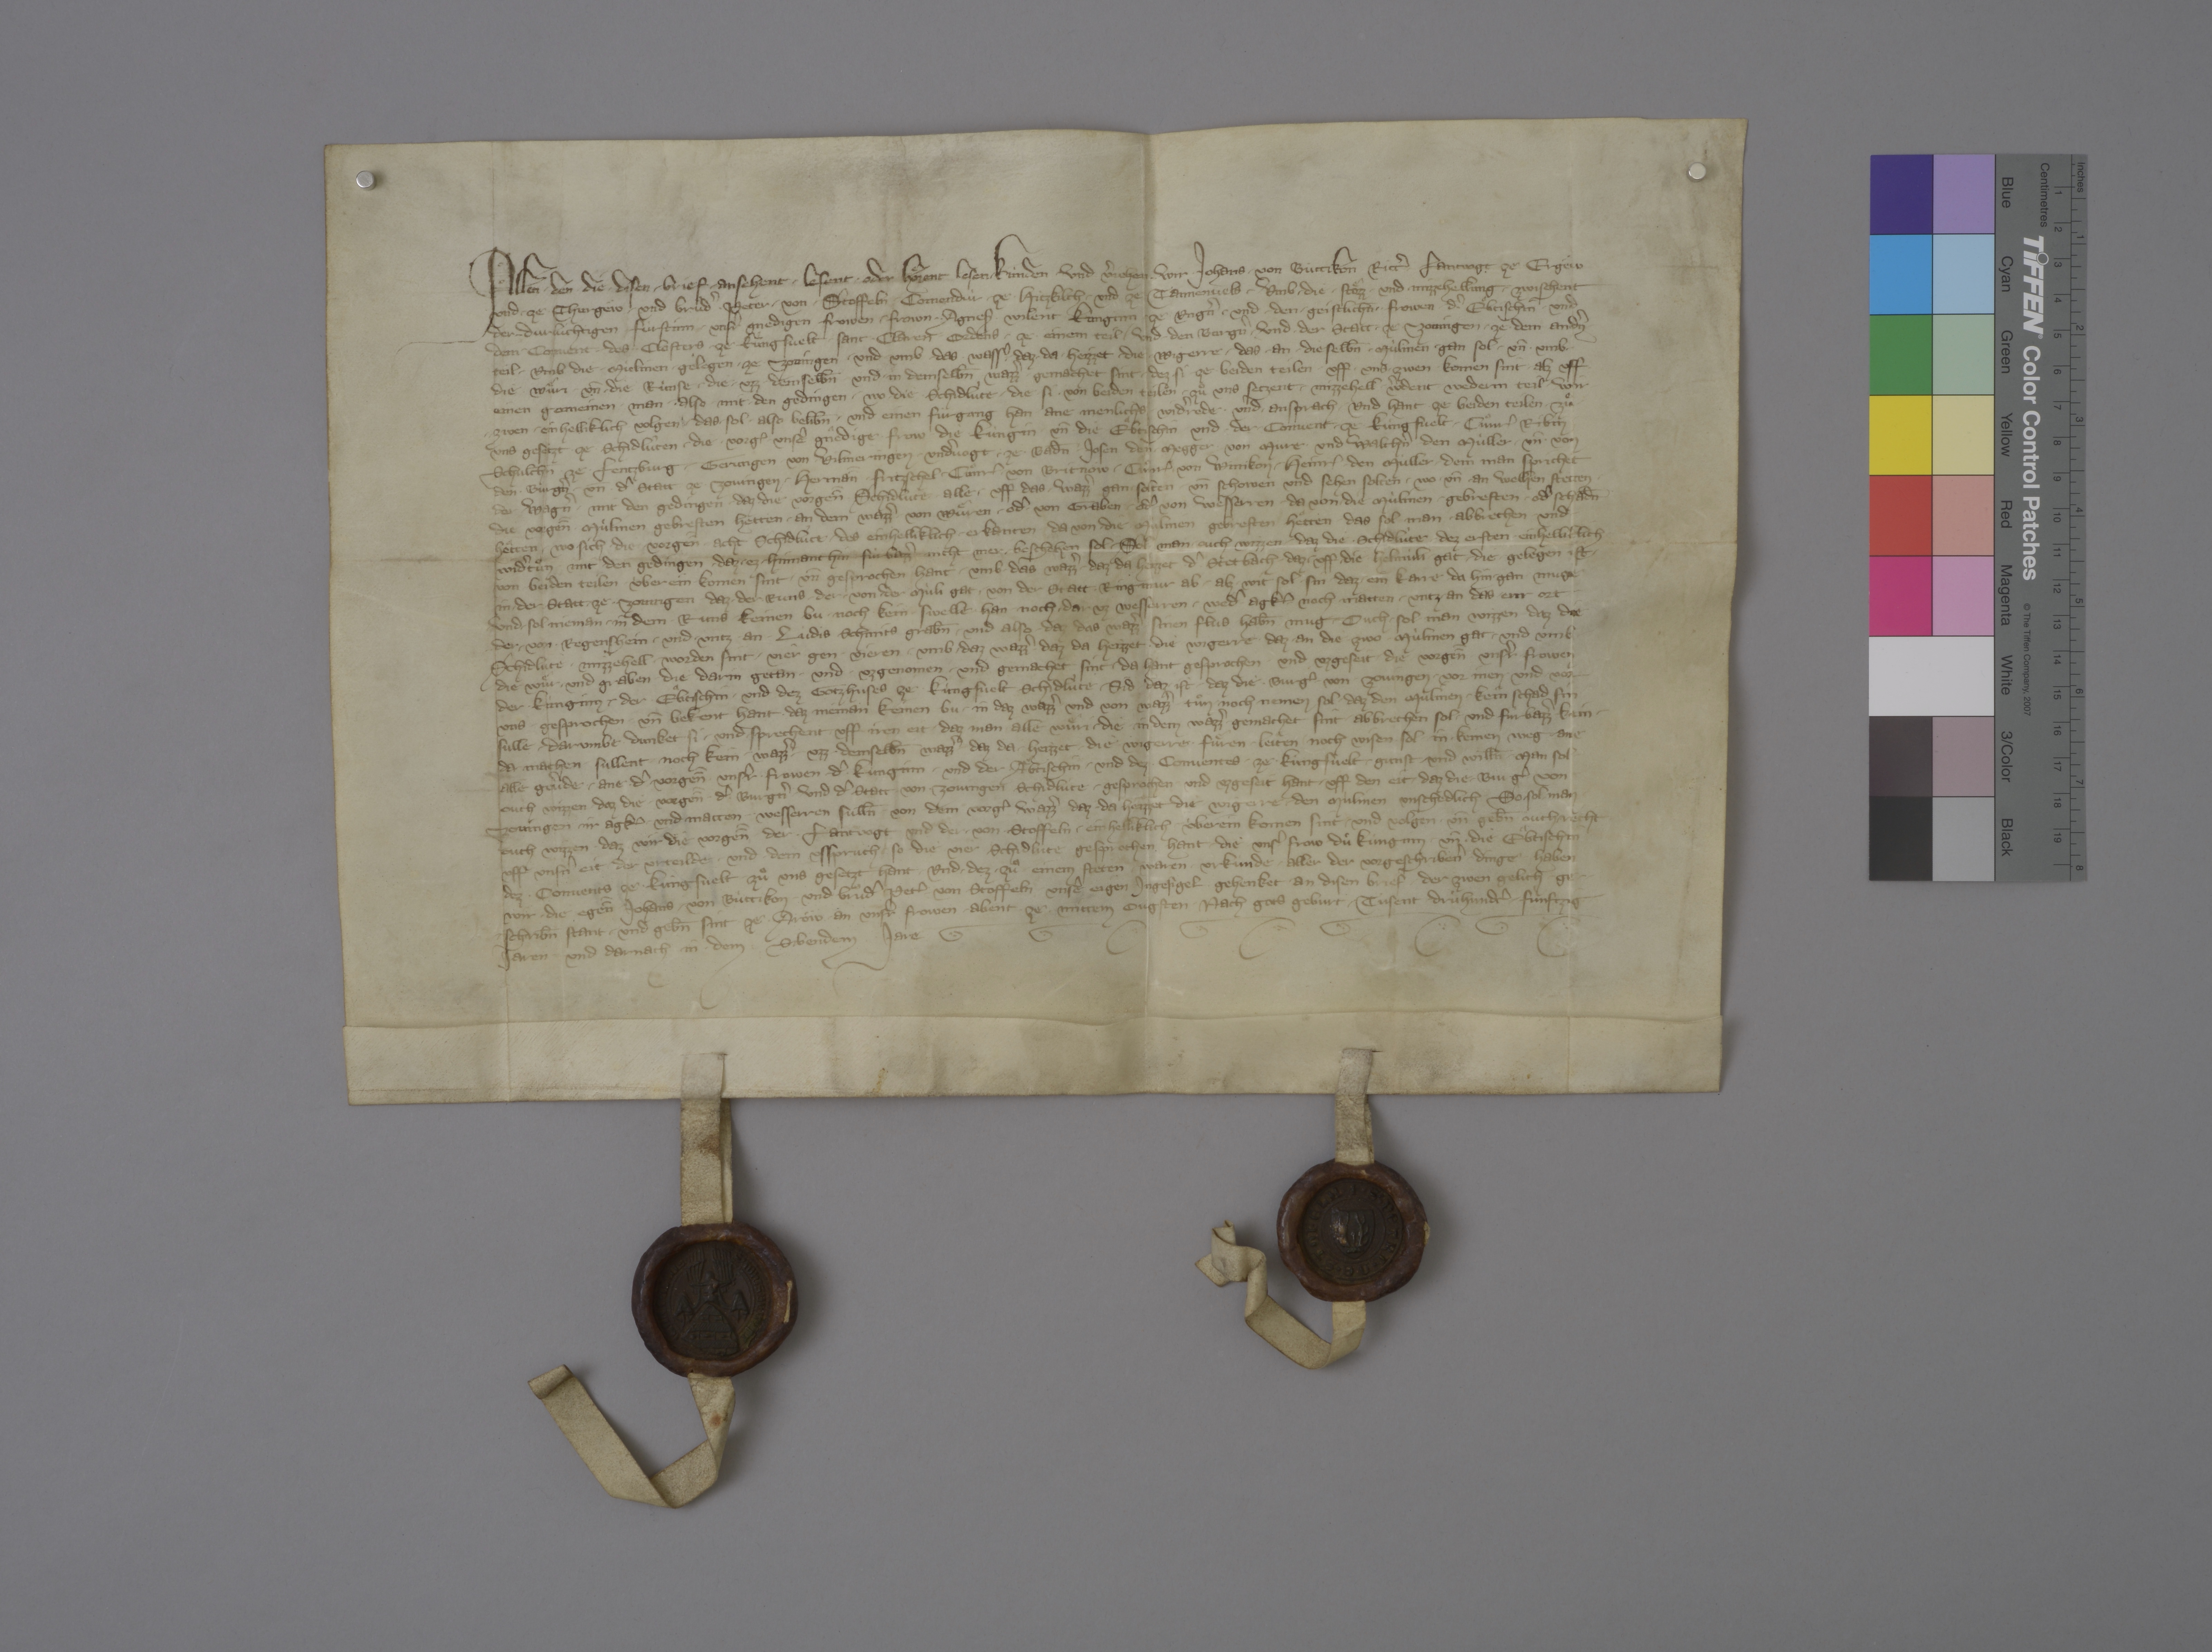
Transcription:
Allen ✳ den, ✳ die ✳ disen ✳ brief ✳ ansehent, ✳ lesent ✳ oder hoͤrent lesen, ✳ kùnden und vˀjehen ✳ wir, ✳ Johans ✳ von Bùttikon, rittˀ, ✳ lantvogt ze Ergèw
und ✳ ze Thurgeͦw, ✳ und bruͦdˀ ✳ Peter ✳ von ✳ Stoffeln, ✳ comendùr ✳ ze ✳ Hitzkilch ✳ und ze Tannenvels, ✳ umb ✳ die ✳ stoͤzz ✳ und mizzehellung ✳ zwischent
der ✳ durchlùchtigen fùrstinn, ✳ unsrˀ gnedigen frowen, ✳ frown ✳ ✳ Agnes₎, ✳ wilent kùnginn ✳ ze Ungˀn, ✳ und ✳ den ✳ geistlichn̄ ✳ ✳ frowen, ✳ dˀ eͣptischin ✳ und
dem ✳ convent ✳ des ✳ ✳ closters ✳ ze Kùngsvelt, ✳ Sant ✳ Claren ordens, ✳ ze ✳ einem teil, ✳ und ✳ den burgˀn ✳ und ✳ der statt ✳ ze Zovingen ✳ ze dem andˀn
teil, ✳ umb die ✳ mùlinen, ✳ gelegen ✳ ze Zovingen, ✳ und ✳ umb ✳ das wassˀ, ✳ daz ✳ da ✳ heizzet ✳ die ✳ Wigerre, ✳ das ✳ an ✳ dieselb̄n ✳ mùlinen ✳ gan sol, ✳ un̄ ✳ umb ✳
die wuͤri ✳ un̄ ✳ die ✳ rùnse, die ✳ uzz ✳ demselb̄n ✳ und ✳ in demselb̄n wazzˀ ✳ gemachet sint, ✳ dez si ze beiden teilen ✳ uff ✳ uns ✳ zwen komen sint, ✳ alz uff
einen gemeinen ✳ man, ✳ also ✳ mit ✳ den gedingen, ✳ wo ✳ die ✳ schidlùte, ✳ die si ✳ von beiden teilen ✳ zuͦ uns setzent, ✳ mizzehell ✳ wˀdent, wederm teil ✳ wir
✳ zwen ✳ einhelliklich volgen, ✳ das sol ✳ also belib̄n ✳ und einen fùrgang han ane menlichs ✳ widˀrede ✳ und ✳ ansprach. ✳ und hant ze beiden teilen ✳ zuͤ
uns gesetzt ze schidlùten, ✳ die ✳ vorg₎ ✳ unsˀe gnêdige ✳ frow, ✳ die kùngin, ✳ un̄ die eͣbtischin und ✳ der ✳ convent ✳ ze Kùngsvelt: ✳ Cuͦnr₎ Ribin,
schulthn̄ ✳ ze ✳ Lentzburg, ✳ Gerungen von Vilmeringen, ✳ undˀvogt ✳ ze ✳ Bad̄n, ✳ Josen den ✳ Megger von Mùre ✳ und Walthˀn den Mùller. ✳ un̄ ✳ von
den ✳ bùrgˀn ✳ un̄ dˀ statt ze Zovingen: ✳ Herman̄̄ Fritzschel, ✳ Cuͦnr₎ von Britnòw, ✳ Cuͦnr₎ von Winikon, ✳ Heinr₎ den Mùller, ✳ dem man sprichet
der Wagnˀ. ✳ mit den gedingen, ✳ daz ✳ die vorgen̄̄ schidlùte alle ✳ uff das ✳ wazzˀ gan solten ✳ un̄ schowen und sehen solten, ✳ wo ✳ un̄ ✳ an welhen stetten ✳
die vorgen̄̄ ✳ mùlinen gebresten hetten ✳ an dem wazzˀ, ✳ von wuͤren ✳ odˀ ✳ von graben ✳ odˀ von wesserren, ✳ da von die mùlinen ✳ gebresten ✳ odˀ schad̄n
heͣtten. ✳ wo ✳ sich ✳ die ✳ vorgen̄̄ ✳ acht schidlùte ✳ des einhellklich ✳ erkanten, da von ✳ die mùlinen gebresten heͣtten, ✳ das sol man ✳ abbrechen ✳ und
widˀtuͦn, ✳ mit den gedingen, ✳ daz ✳ ez ✳ hinnant hin fùrbazzˀ nicht mer ✳ beschehen sol. ✳ sol man ✳ ouch wizzen, ✳ daz die ✳ schidlùte dez ersten ✳ einhelliklich
von beiden teilen ✳ ùber ein komen sint ✳ un̄ gesprochen hant ✳ umb daz wazzˀ, ✳ daz da heizzet ✳ dˀ Stetbach, ✳ daz ✳ uff ✳ die Helmùli gat, ✳ die ✳ gelegen ist ✳
in ✳ der ✳ statt ✳ ze ✳ Zovingen, daz ✳ der runs, ✳ der ✳ von der mùli gat, ✳ von der statt ✳ ringmur ab ✳ alz ✳ wit sol sin, daz ✳ ein karre da hin ✳ gan muge,
und ✳ sol nieman ✳ in dem ✳ runs ✳ keinen bu ✳ noch kein ✳ swelle ✳ han, noch ✳ dar uz wesserren ✳ wedˀ agkˀ noch matten ✳ untz an das enr ort ✳
der ✳ von ✳ Regenshein ✳ und ✳ untz ✳ an ✳ Lùdis Schmits grab̄n ✳ und also, ✳ daz das wazzˀ sinen flus hab̄n mug. ✳ ouch ✳ sol man wizzen, daz die
schidlute ✳ mizzehell ✳ worden sint, ✳ vier gen ✳ vieren, ✳ umb ✳ daz wazzˀ, ✳ daz da heizzet ✳ die Wigerre, ✳ daz an die zwo ✳ mùlinen gat, ✳ und umb
die wuͤr ✳ und graben, ✳ die darin getan ✳ und ✳ uzgenomen ✳ und gemachet sint. ✳ da hant gesprochen ✳ und uzgeseit ✳ die vorgen̄̄ unsˀr frowen,
der kùnginn, ✳ der eͣbtischin ✳ und dez gotzhuses ze Kùngsvelt schidlùte, ✳ sid daz ist, ✳ daz die ✳ burgˀ ✳ von Zovingen ✳ vor inen ✳ und vor
uns ✳ gesprochen ✳ un̄ bekent hant, ✳ daz nieman keinen bu ✳ in daz wazzˀ und von wazzˀ tuͦn noch nemen sol, ✳ daz den mùlinen ✳ kein schad sin
sulle, ✳ darumbe dunket si ✳ und sprechent uff iren eit, ✳ daz man alle wuͤri, ✳ die in dem wazzˀ ✳ gemachet sint, ✳ abbrechen sol ✳ und fùrbazzˀ kain ✳
da machen sullent, ✳ noch kein ✳ wazzˀ ✳ uzz ✳ demselb̄n wazzˀ, daz da ✳ heizzet ✳ die Wigerre, fuͤren, ✳ leiten, ✳ noch wisen sol ✳ in ✳ keinen weg, ✳ ane
alle gevˀde, ✳ ane dˀ vorgen̄̄ unsˀr frowen, dˀ kunginn, ✳ und der abtischin ✳ und dez conventes ✳ ze Kùngsvelt ✳ gunst und will̄n. ✳ man sol
ouch wizzen, ✳ daz die ✳ vorgen̄̄ ✳ dˀ burgˀn ✳ und dˀ statt von Zovingen schidlùte ✳ gesprochen und uzgeseit hant ✳ uff den eit, daz die ✳ burgˀ von
Zovingen ir agkˀ ✳ und matten ✳ wesserren sull̄n ✳ von dem vorg₎ wazzˀ, daz ✳ da heizzet die Wigerre, den mùlinen unschedlich. so sol man
ouch wizzen, ✳ daz wir, die vorgen̄̄, der ✳ lantvogt und der ✳ von Stoffeln, ✳ einhelliklich ùberein komen sint ✳ und volgen ✳ un̄ geb̄n ouch recht,
uff unsˀn eit, der urteilde ✳ und dem usspruch, so die vier schidlùte gesprochen hant, ✳ die unsˀ frow, dù kùnginn,✳ un̄ ✳ die eͣbtischin
dez ✳ convents ze Kùngsvelt ✳ zuͦ uns gesetzt hant. ✳ und ✳ dez ✳ zuͦ einem stetten, ✳ waren ✳ urkùnde ✳ aller der vorgeschribenˀ ✳ dinge haben
wir, ✳ die egen̄̄ Johans ✳ von Bùttikon ✳ und bruͦdˀ Petˀ von Stoffeln, ✳ unsˀe eigen ingesigel gehenket ✳ an disen brief, ✳ der zwen gelich ge¬
schrib̄n stant, ✳ und geb̄n sint ze Aröw ✳ an unsrˀ frowen ✳ abent ze mittem ougsten, ✳ nach gots geburt ✳ tusent drùhundtˀ ✳ fùnftzig
jaren und darnach in ✳ dem sibendem jare. ✳